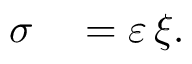
\begin{array} { r l } { \sigma } & { { } = \varepsilon \, \xi . } \end{array}